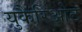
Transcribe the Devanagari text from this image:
युकैरिओट